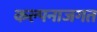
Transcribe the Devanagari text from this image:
कल्पनाजगत